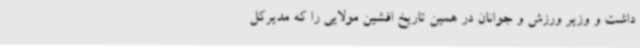
داشت و وزیر ورزش و جوانان در همین تاریخ افشین مولایی را که مدیرکل